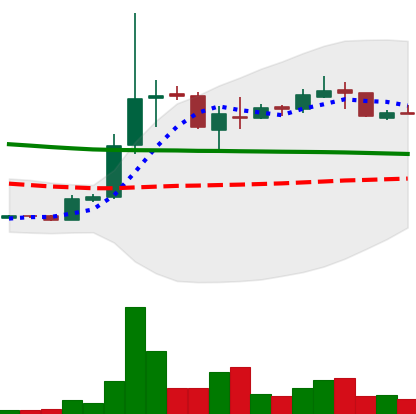
Ticker: XRP-USD
Chart end date: 2018-10-04
Forward return: -8.877%
Label: down_7plus